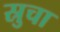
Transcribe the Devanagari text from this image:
स्रुचा